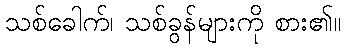
သစ်ခေါက်၊ သစ်ခွန်များကို စား၏။